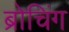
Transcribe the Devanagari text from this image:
ब्रोचिंग